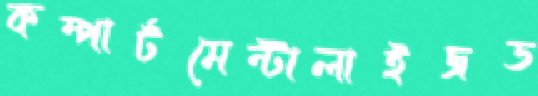
কম্পার্টমেন্টালাইজড